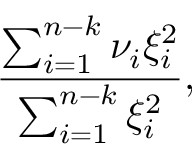
{ \frac { \sum _ { i = 1 } ^ { n - k } \nu _ { i } \xi _ { i } ^ { 2 } } { \sum _ { i = 1 } ^ { n - k } \xi _ { i } ^ { 2 } } } ,